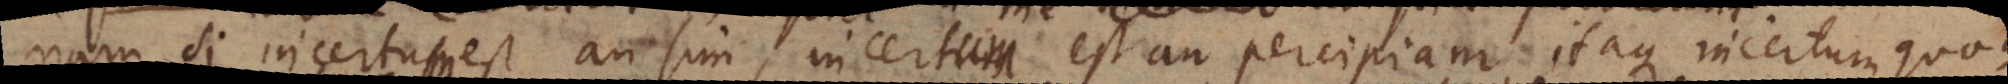
incertus incertum est an sim, incertum est an percipiam; itaque incertum quoque